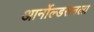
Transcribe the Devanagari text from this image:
आर्नोल्डसनला